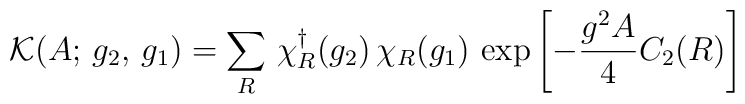
\mathcal{K}(A;\,g_{2},\, g_{1})=\sum _{R}\, \chi _{R}^{\dagger}(g_{2})\, \chi _{R}(g_{1})\,  \exp \left[ -\frac{g^{2}A}{4}C_{2}(R)\right]